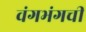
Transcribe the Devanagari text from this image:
वंगभंगची